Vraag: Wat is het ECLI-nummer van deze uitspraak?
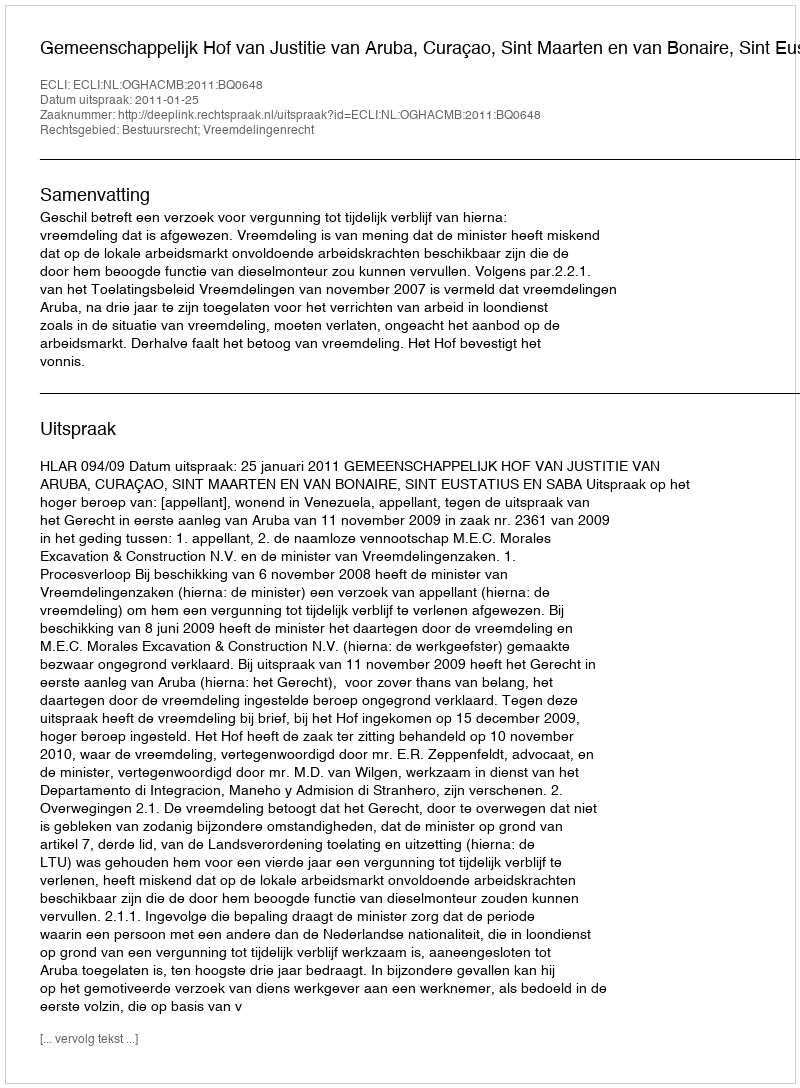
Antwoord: ECLI:NL:OGHACMB:2011:BQ0648